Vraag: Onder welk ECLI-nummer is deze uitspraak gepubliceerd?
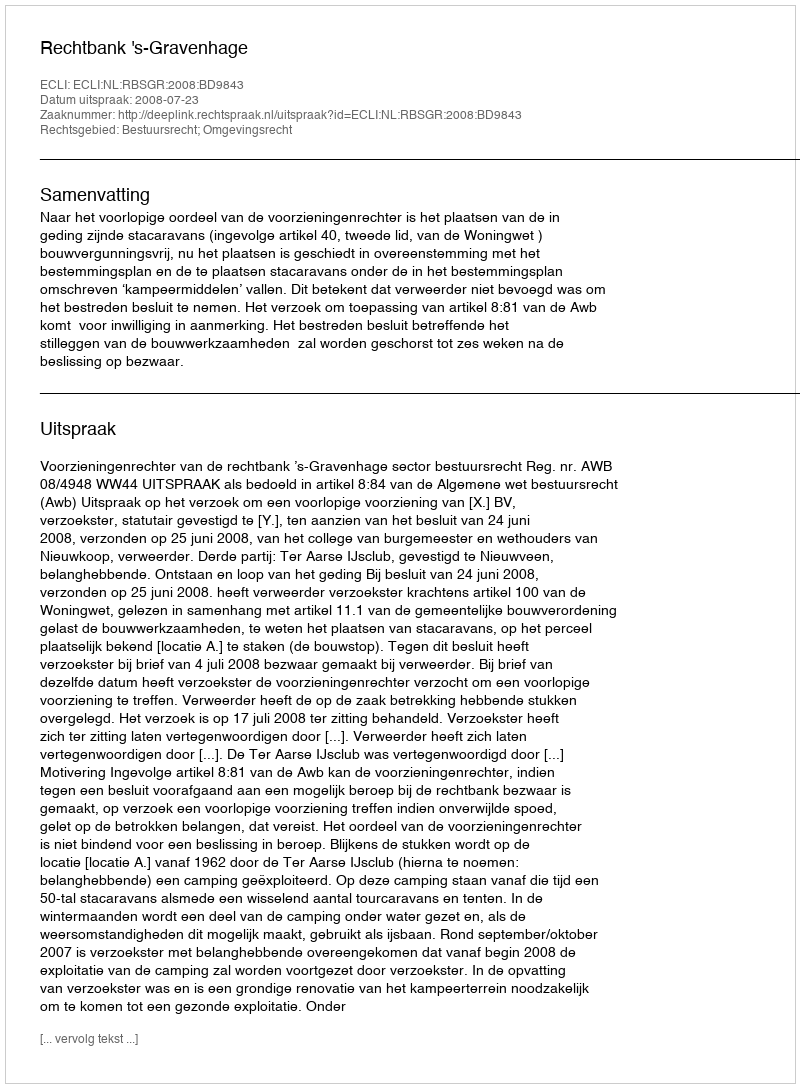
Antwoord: ECLI:NL:RBSGR:2008:BD9843